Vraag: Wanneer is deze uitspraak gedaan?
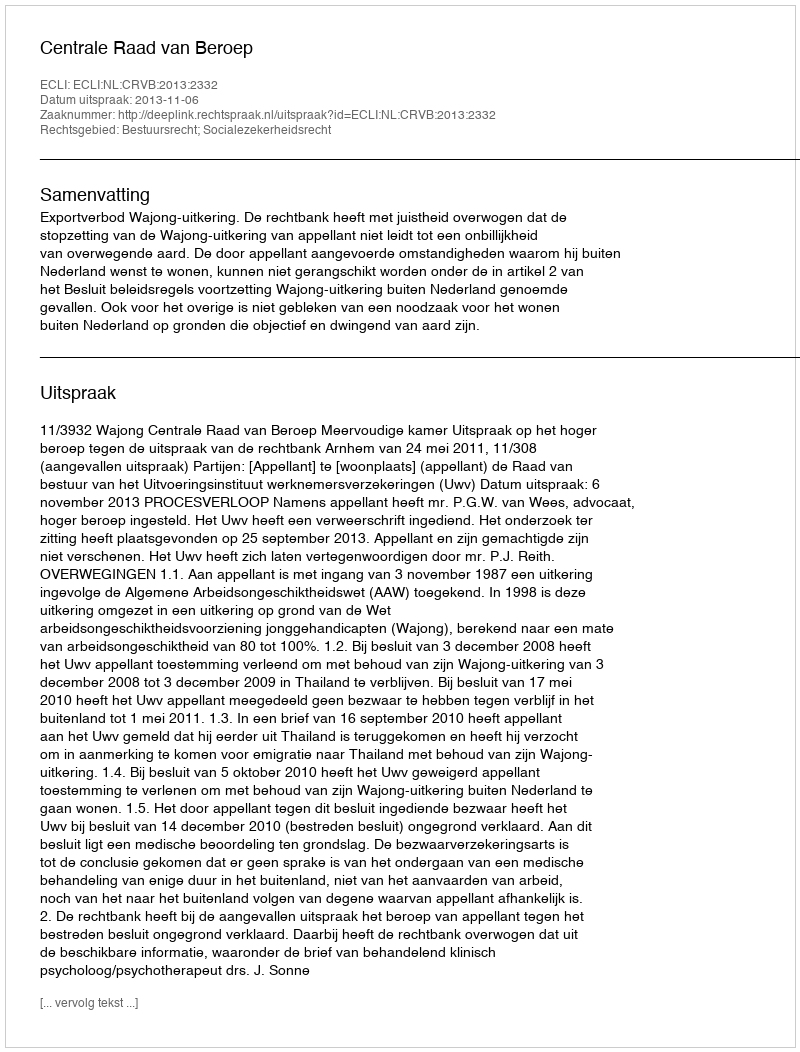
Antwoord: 2013-11-06